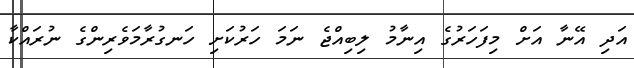
އަދި އޭނާ އަށް މިފަހަރުގެ އިނާމު ލިބިއްޖެ ނަމަ ހަރުކަށި ހަނގުރާމަވެރިންގެ ނުރައްކާ